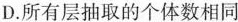
D.所有层抽取的个体数相同